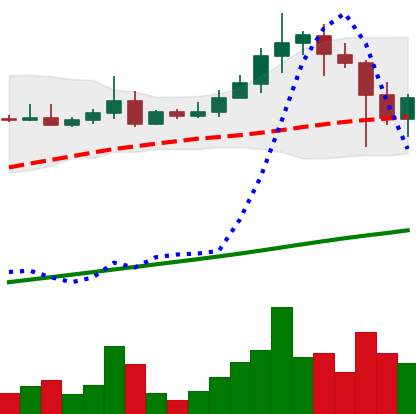
Ticker: ADA-USD
Chart end date: 2021-04-20
Forward return: -14.036%
Label: down_7plus